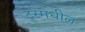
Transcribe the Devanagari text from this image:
टूरमधील